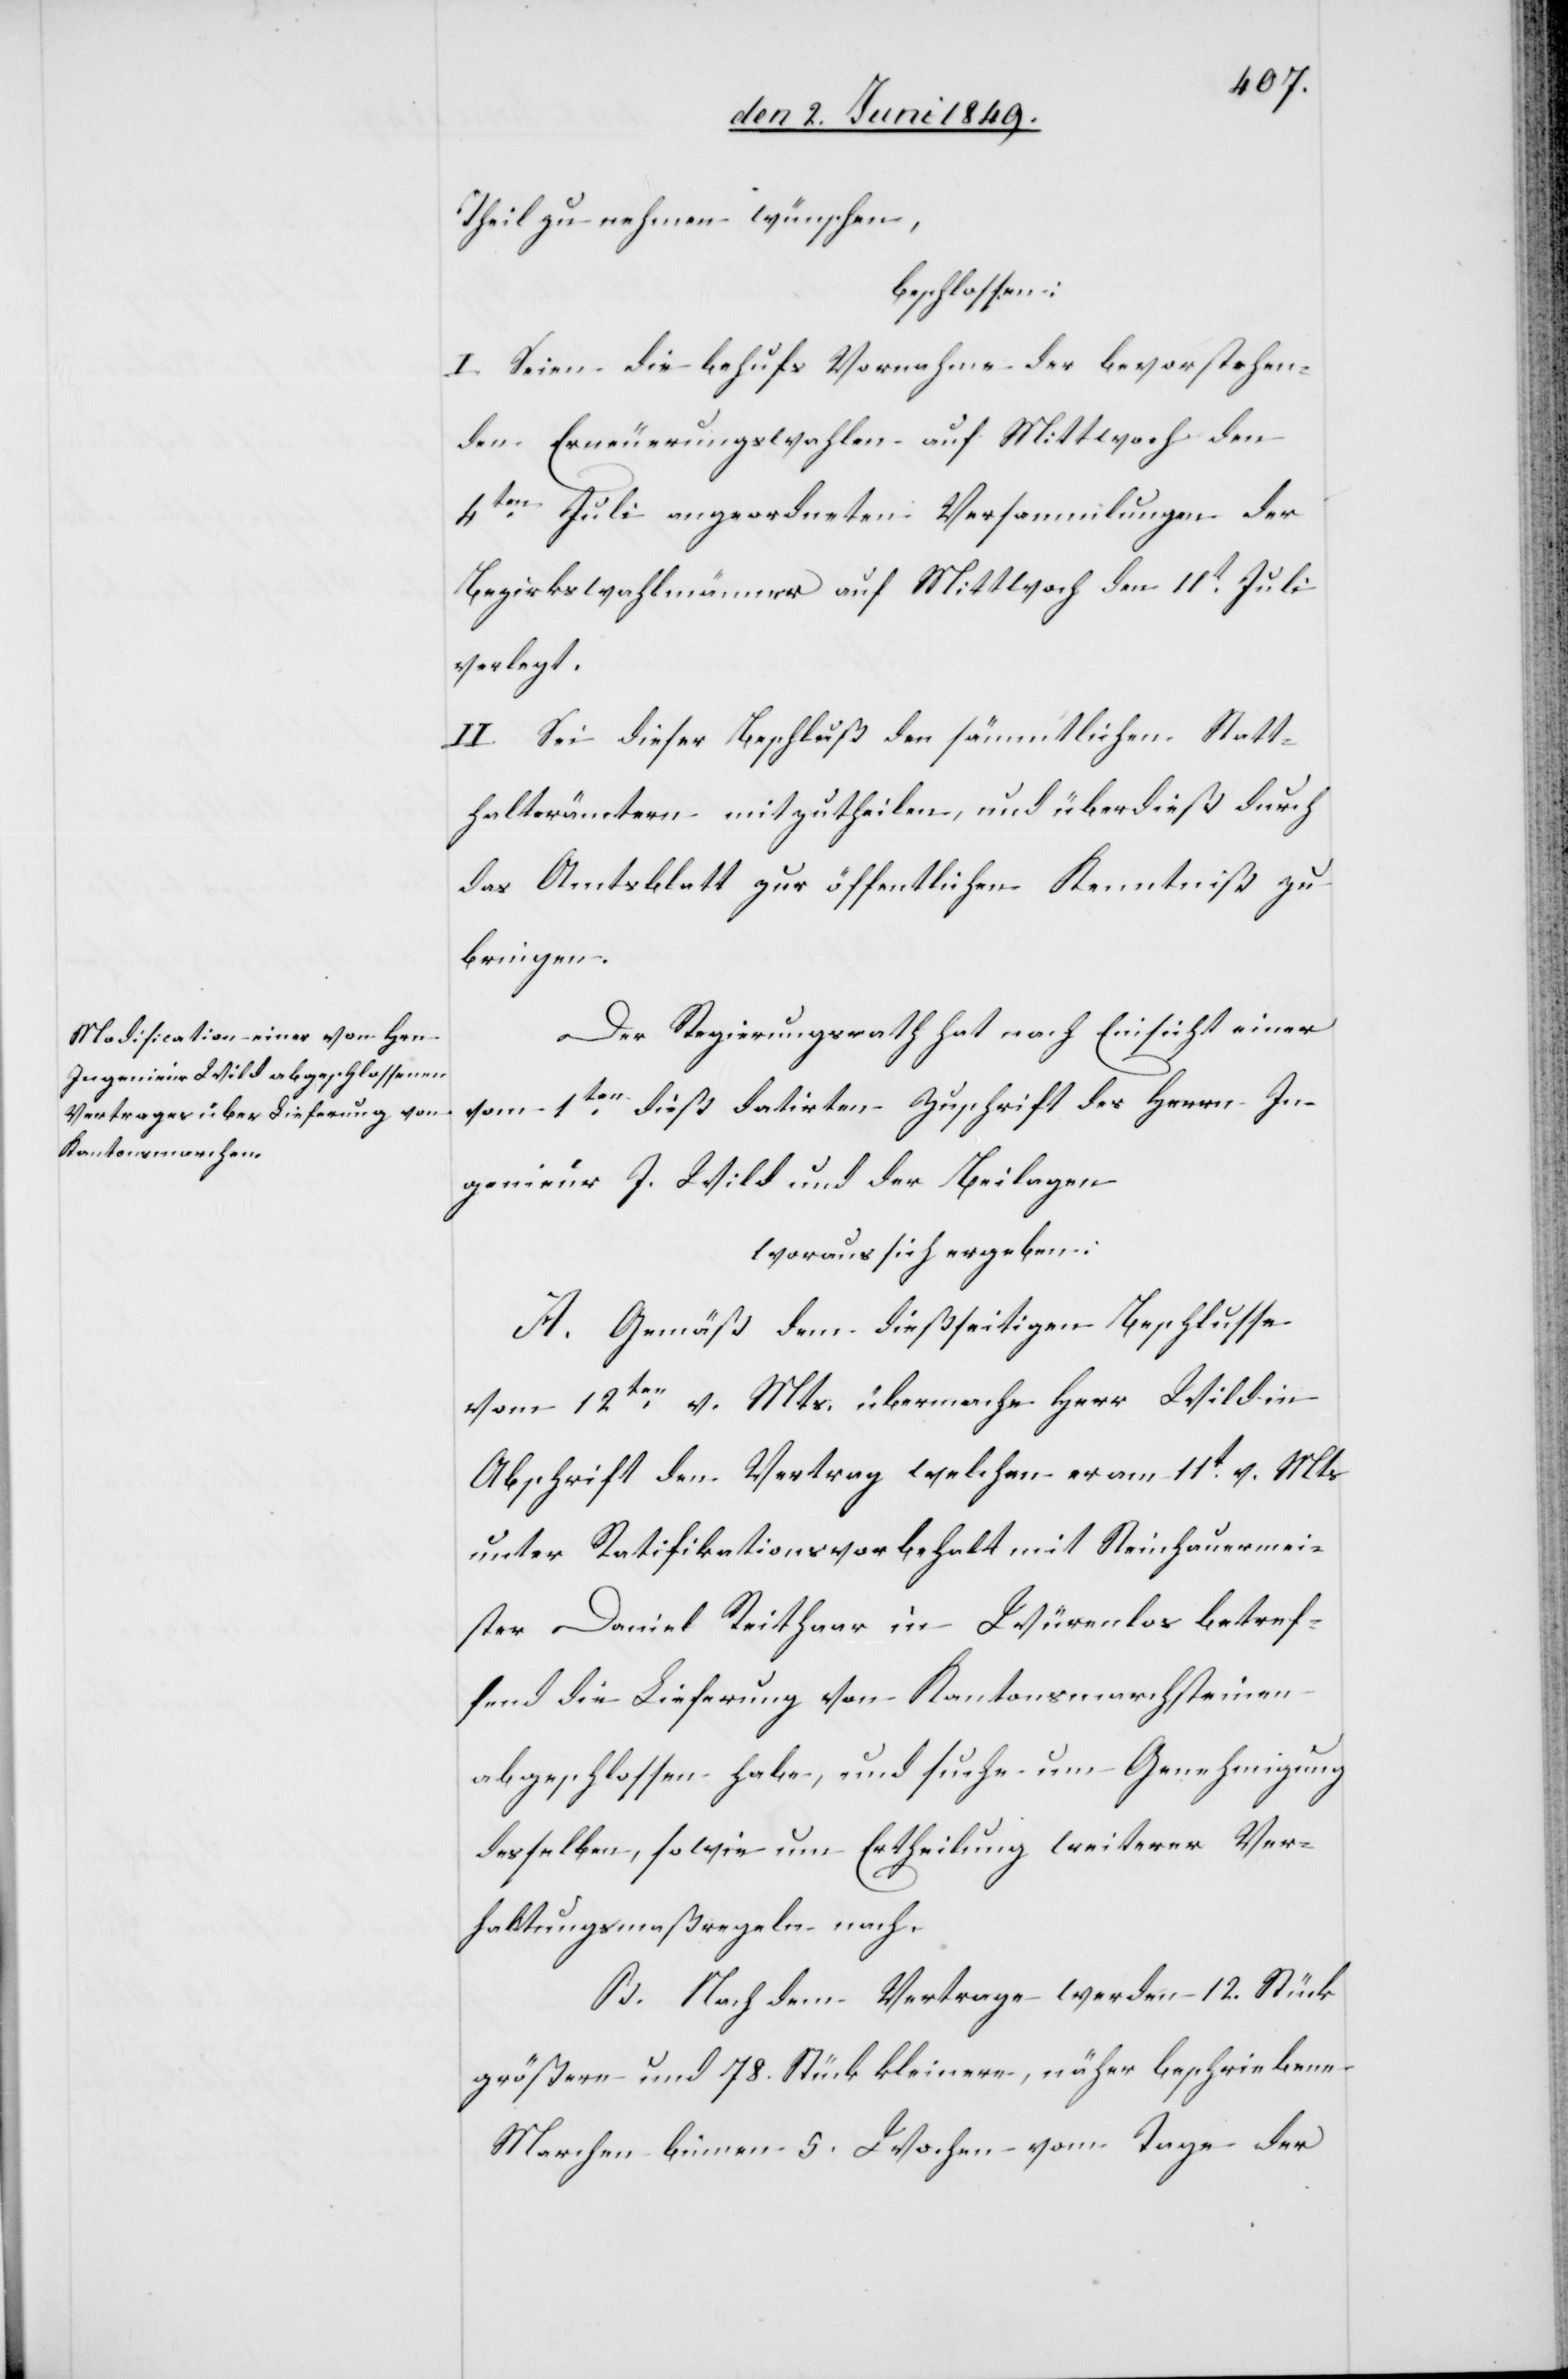
Theil zu nehmen wünschen,
beschlossen:
I. Seien die behufs Vornahme der bevorstehen¬
den Erneuerungswahlen auf Mittwoch den
4ten Juli angeordneten Versammlungen der
Bezirkswahlmänner auf Mittwoch den 11t Juli
verlegt.
II. Sei dieser Beschluß den sämmtlichen Statt¬
halterämtern mitzutheilen, und überdieß durch
das Amtsblatt zur öffentlichen Kenntniß zu
bringen.
Der Regierungsrath hat nach Einsicht einer
vom 1ten dieß datirten Zuschrift des Herrn In¬
genieur J. Wild und der Beilagen
woraus sich ergeben:
A. Gemäß dem dießseitigen Beschlusse
vom 12ten v. Mts. übermache Herr Wild in
Abschrift den Vertrag welchen er am 11t v. Mts.
unter Ratifikationsvorbehalt mit Steinhauermei¬
ster Daniel Reithaar in Würenlos betref¬
fend die Lieferung von Kantonsmarchsteinen
abgeschlossen habe, und suche um Genehmigung
desselben, sowie um Ertheilung weiterer Ver¬
haltungsmaßregeln nach.
B. Nach dem Vertrage werden 12. Stück
größere und 78. Stück kleinere, näher beschriebene
Marchen binnen 5. Wochen vom Tage der